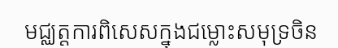
មជ្ឈត្តការពិសេសក្នុងជម្លោះសមុទ្រចិន